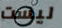
ليست